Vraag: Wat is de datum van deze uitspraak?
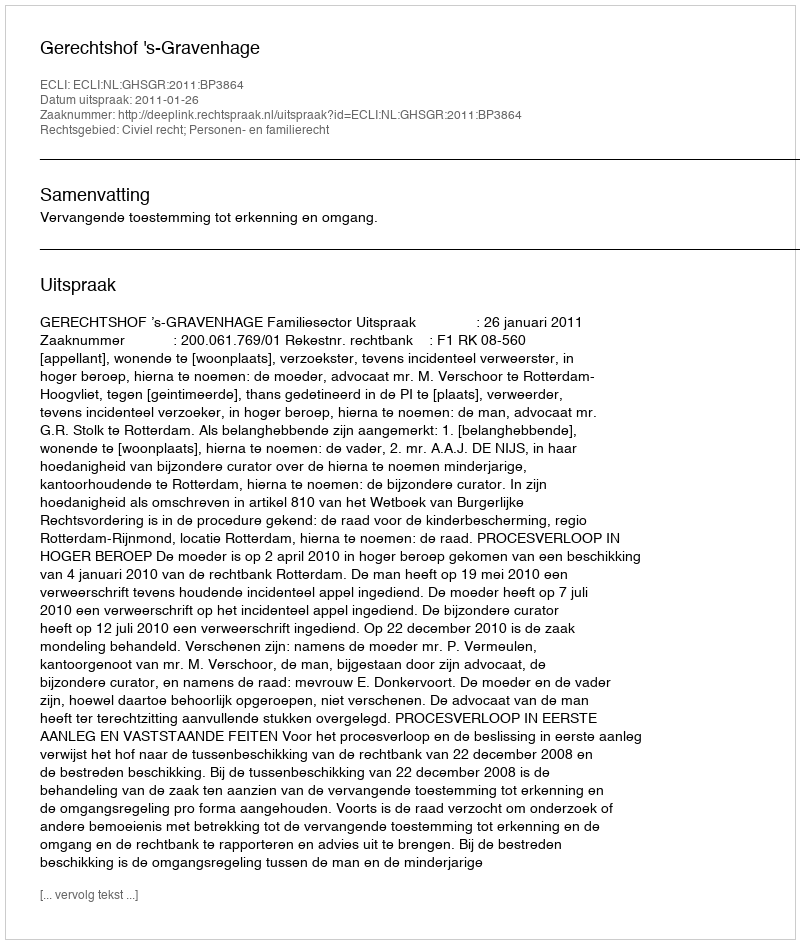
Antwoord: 2011-01-26